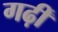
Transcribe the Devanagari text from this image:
गढ़ीं